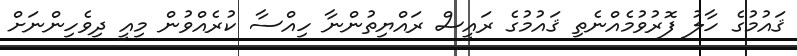
ޤައުމުގެ ހާލު ފޮރުވުމެއްނެތި ޤައުމުގެ ރައީސް ރައްޔިތުންނާ ހިއްސާ ކުރެއްވުން މިއީ ދިވެހިންނަށް